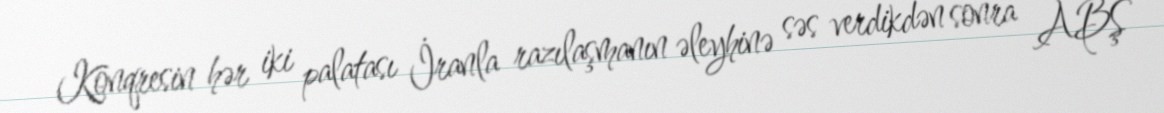
Konqresin hər iki palatası İranla razılaşmanın əleyhinə səs verdikdən sonra ABŞ